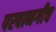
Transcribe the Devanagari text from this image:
परवानगीच